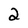
Character: 2